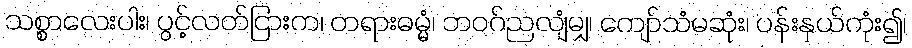
သစ္စာလေးပါး၊ ပွင့်လတ်ငြားက၊ တရားဓမ္မံ၊ ဘဝဂ်ညလျံမျှ၊ ကျော်သံမဆုံး၊ ပန်းနှယ်ကုံး၍၊